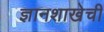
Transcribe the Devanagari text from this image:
ज्ञानशाखेची